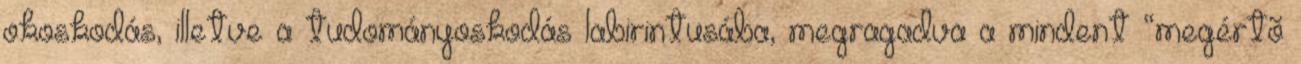
okoskodás, illetve a tudományoskodás labirintusába, megragadva a mindent “megértõ